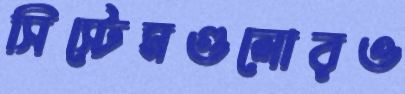
সিস্টেমগুলোরও